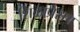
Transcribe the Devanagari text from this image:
शिळाप्रेसच